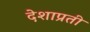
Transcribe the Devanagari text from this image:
देशाप्रती